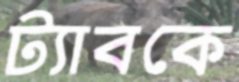
ট্যাবকে